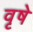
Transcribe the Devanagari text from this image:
वृषे